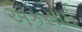
અકસાઈ